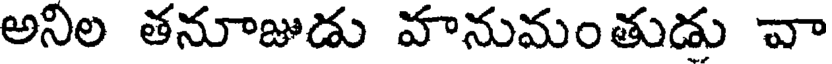
అనిల తనూజుడు వానుమంతుడు వా